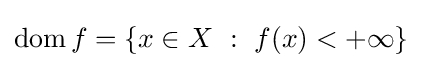
\operatorname {dom} f=\{x\in X~:~f(x)<+\infty \}